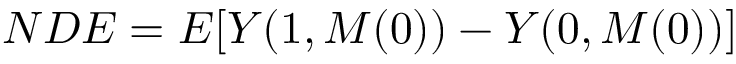
N D E = E [ Y ( 1 , M ( 0 ) ) - Y ( 0 , M ( 0 ) ) ]